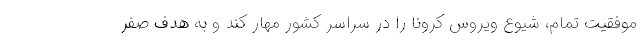
موفقیت تمام، شیوع ویروس کرونا را در سراسر کشور مهار کند و به هدف صفر